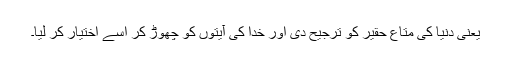
یعنی دنیا کی متاع حقیر کو ترجیح دی اور خدا کی آیتوں کو چھوڑ کر اُسے اختیار کر لیا۔